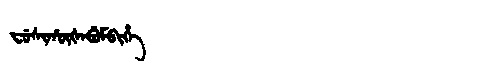
Manchu: ᠸᡠᠰᡳᡥᡡᡧᠠᠪᡠᠮᠪᡳᡥᡝ
Romanization: FUSIHŪŠABUMBIHE